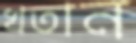
খতান